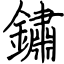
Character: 鏽